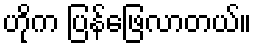
ဟိုက ပြန်ဖြေလာတယ်။